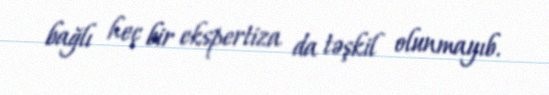
bağlı heç bir ekspertiza da təşkil olunmayıb.